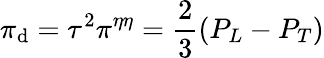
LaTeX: \pi_{\mathrm{d}}=\tau^{2}\pi^{\eta\eta}=\frac{{2}}{{3}}(P_{L}-P_{T})